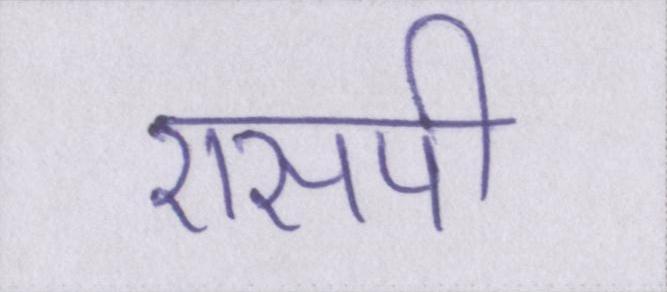
एसपी